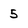
Character: 5